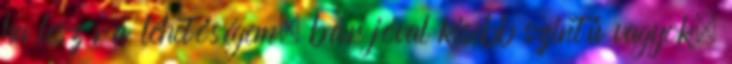
ha lesz rá lehetőségem, bár jóval kisebb szintű vagyok,